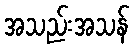
အသည်းအသန်